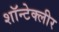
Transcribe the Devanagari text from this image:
शॉन्टेक्लीर